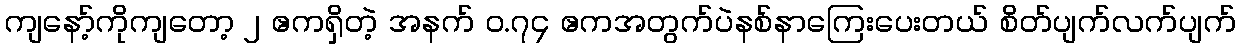
ကျနော့်ကိုကျတော့ ၂ ဧကရှိတဲ့ အနက် ဝ.၇၄ ဧကအတွက်ပဲနစ်နာကြေးပေးတယ် စိတ်ပျက်လက်ပျက်